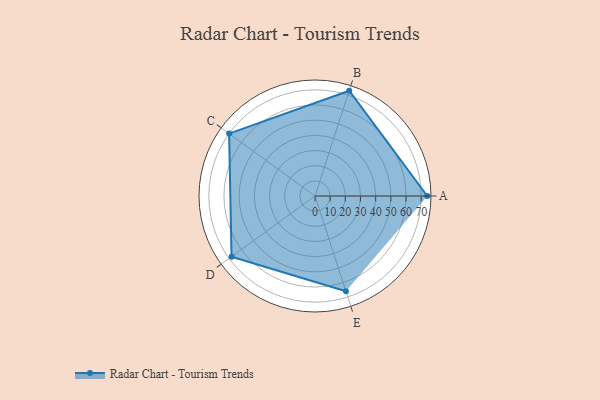
{"axis": {"x": "Skill", "y": "Score"}, "legend": ["Profile"], "data": [{"x": "A", "y": 74.0, "type": "Profile"}, {"x": "B", "y": 73.0, "type": "Profile"}, {"x": "C", "y": 70.0, "type": "Profile"}, {"x": "D", "y": 68.0, "type": "Profile"}, {"x": "E", "y": 66.0, "type": "Profile"}]}